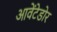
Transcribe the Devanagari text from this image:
आवेंटेडोर